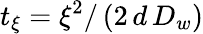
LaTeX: t_{\xi}=\xi^{2}/\left(2\, d\, D_{w}\right)